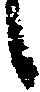
候